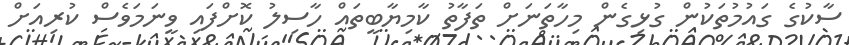
ސާކުގެ ގައުމުތަކުން ގުޅިގެން މިހާތަނަށް ތަފާތު ކާމިޔާބީތައް ހާސިލު ކޮށްފައި ވީނަމަވެސް ކުރިއަށް